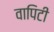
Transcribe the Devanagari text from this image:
वापिटी